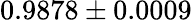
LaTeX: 0.9878\pm 0.0009